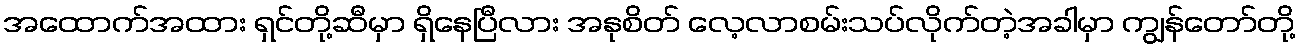
အထောက်အထား ရှင်တို့ဆီမှာ ရှိနေပြီလား အနုစိတ် လေ့လာစမ်းသပ်လိုက်တဲ့အခါမှာ ကျွန်တော်တို့